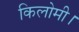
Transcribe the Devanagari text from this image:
किलोमी।